Malaria in the Punjab - Number 46
Disease focus: Malaria
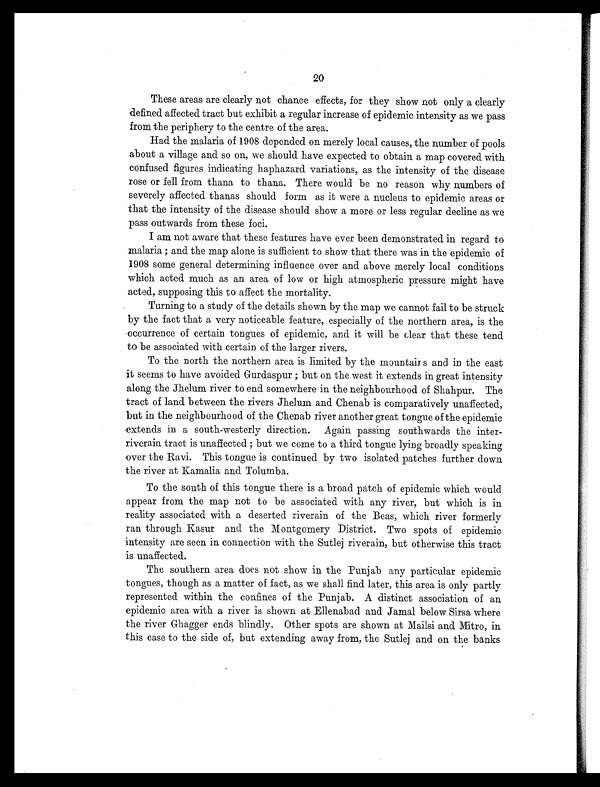
20
These areas are clearly not chance effects, for they show not only a clearly
defined affected tract but exhibit a regular increase of epidemic intensity as we pass
from the periphery to the centre of the area.
Had the malaria of 1908 depended on merely local causes, the number of pools
about a village and so on, we should have expected to obtain a map covered with
confused figures indicating haphazard variations, as the intensity of the disease
rose or fell from thana to thana. There would be no reason why numbers of
severely affected thanas should form as it were a nucleus to epidemic areas or
that the intensity of the disease should show a more or less regular decline as we
pass outwards from these foci.
I am not aware that these features have ever been demonstrated in regard to
malaria ; and the map alone is sufficient to show that there was in the epidemic of
1908 some general determining influence over and above merely local conditions
which acted much as an area of low or high atmospheric pressure might have
acted, supposing this to affect the mortality.
Turning to a study of the details shown by the map we cannot fail to be struck
by the fact that a very noticeable feature, especially of the northern area, is the
occurrence of certain tongues of epidemic, and it will be clear that these tend
to be associated with certain of the larger rivers.
To the north the northern area is limited by the mountairs and in the east
it seems to have avoided Gurdaspur ; but on the west it extends in great intensity
along the Jhelum river to end somewhere in the neighbourhood of Shahpur. The
tract of land between the rivers Jhelum and Chenab is comparatively unaffected,
but in the neighbourhood of the Chenab river another great tongue of the epidemic
extends in a south-westerly direction. Again passing southwards the inter-
riverain tract is unaffected ; but we come to a third tongue lying broadly speaking
over the Ravi. This tongue is continued by two isolated patches further down
the river at Kamalia and Tolumba.
To the south of this tongue there is a broad patch of epidemic which would
appear from the map not to be associated with any river, but which is in
reality associated with a deserted riverain of the Beas, which river formerly
ran through Kasur and the Montgomery District. Two spots of epidemic
intensity are seen in connection with the Sutlej riverain, but otherwise this tract
is unaffected.
The southern area does not show in the Punjab any particular epidemic
tongues, though as a matter of fact, as we shall find later, this area is only partly
represented within the confines of the Punjab. A distinct association of an
epidemic area with a river is shown at Ellenabad and Jamal below Sirsa where
the river Ghagger ends blindly. Other spots are shown at Mailsi and Mitro, in
this case to the side of, but extending away from, the Sutlej and on the banks